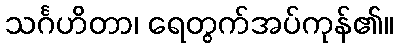
သင်္ဂဟိတာ၊ ရေတွက်အပ်ကုန်၏။